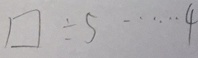
\square \div 5 \cdots 4